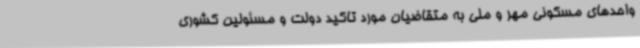
واحدهای مسکونی مهر و ملی به متقاضیان مورد تاکید دولت و مسئولین کشوری